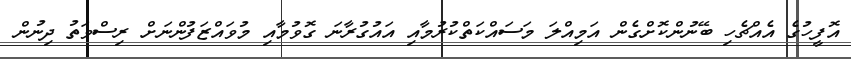
އޮފީހުގެ އެއްޗެހި ބޭނުންކޮށްގެން އަމިއްލަ މަސައްކަތްކުރުމާއި އައުގުރާނަ ގޮވުމާއި މުވައްޒަފުންނަށް ރިސްވަތު ދިނުން